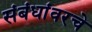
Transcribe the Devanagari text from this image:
संबंधांवरचे